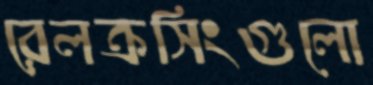
রেলক্রসিংগুলো